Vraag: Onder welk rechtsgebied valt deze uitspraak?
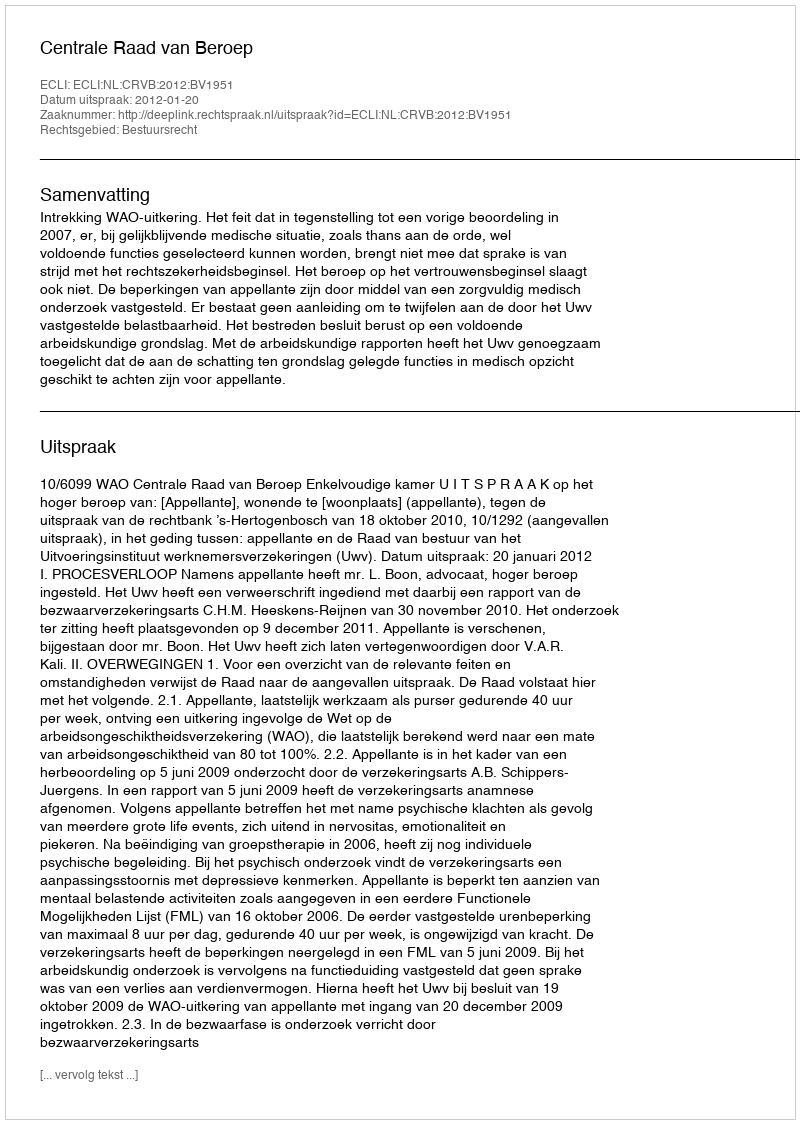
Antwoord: Bestuursrecht